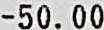
-50.00